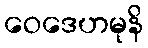
ဝေဒေဟမုနိ